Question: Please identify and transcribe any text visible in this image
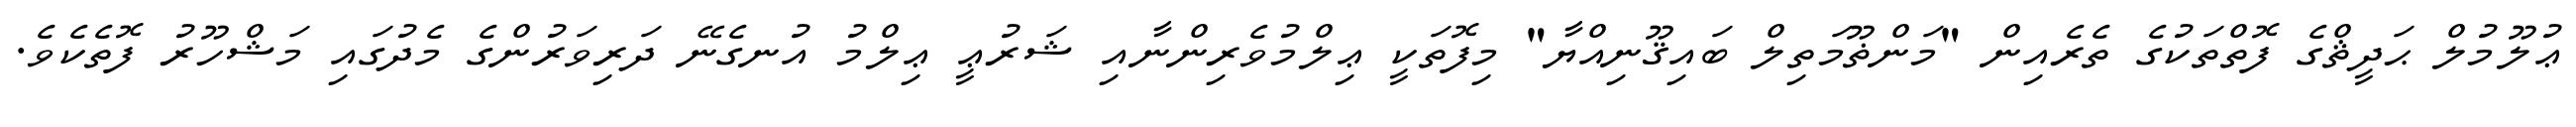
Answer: ޢުލޫމުލް ޙަދީޘްގެ ފޮތްތަކުގެ ތެރެއިން "މަންޡޫމަތިލް ބައިޤޫނިއްޔާ" މިފޮތަކީ ޢިލްމުވެރިންނާއި ޝަރުޢީ ޢިލްމު އުނގެނޭ ދަރިވަރުންގެ މެދުގައި މަޝްހޫރު ފޮތެކެވެ.